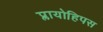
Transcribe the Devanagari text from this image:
प्लायोहिपस